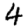
Digit: 4